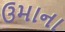
ઉમાના